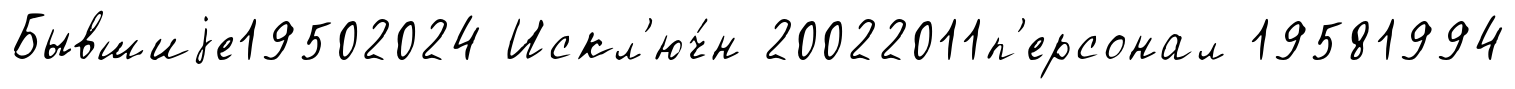
Бывшиjе19502024 Искл'юч́н 20022011п'ерсонал 19581994